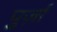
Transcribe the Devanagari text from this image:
पुर्ज़ा